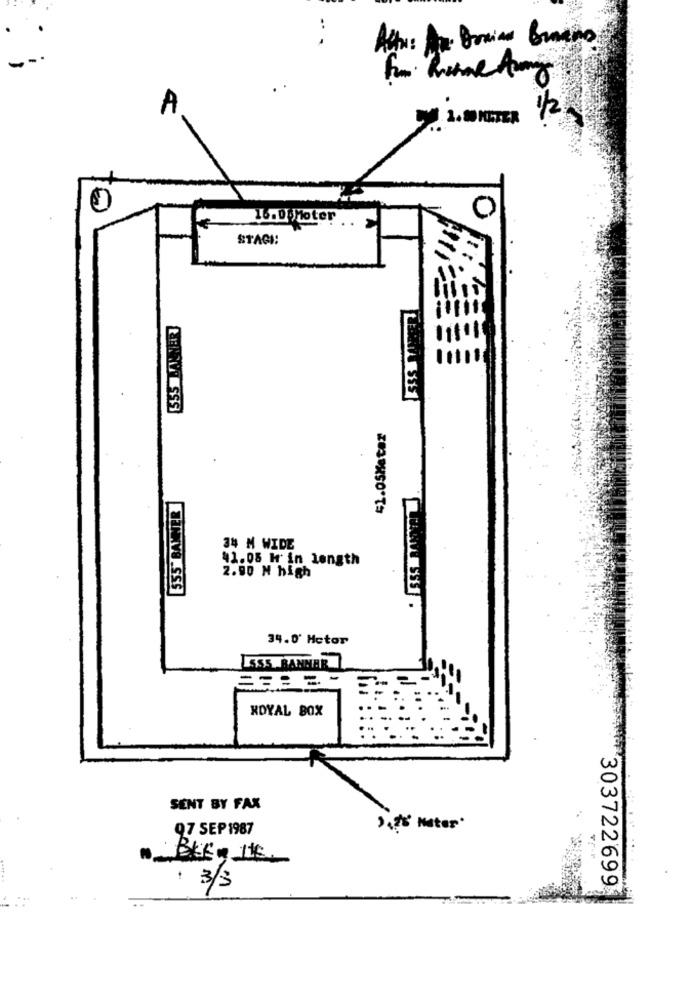
..
A
1. BITER 1/2
46.DUnoter .. >
STACI:
555 MANTER
41.05Meter
555' BANNER
34 M WIDE
41.05 H in length
2.90 M high
34.0' Mctor
L555.BANHAR
XDYAL BOX
SENT BY FAX
07 SEP 1987
',' Noter*
. 3/3
303722699